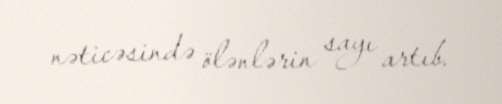
nəticəsində ölənlərin sayı artıb.